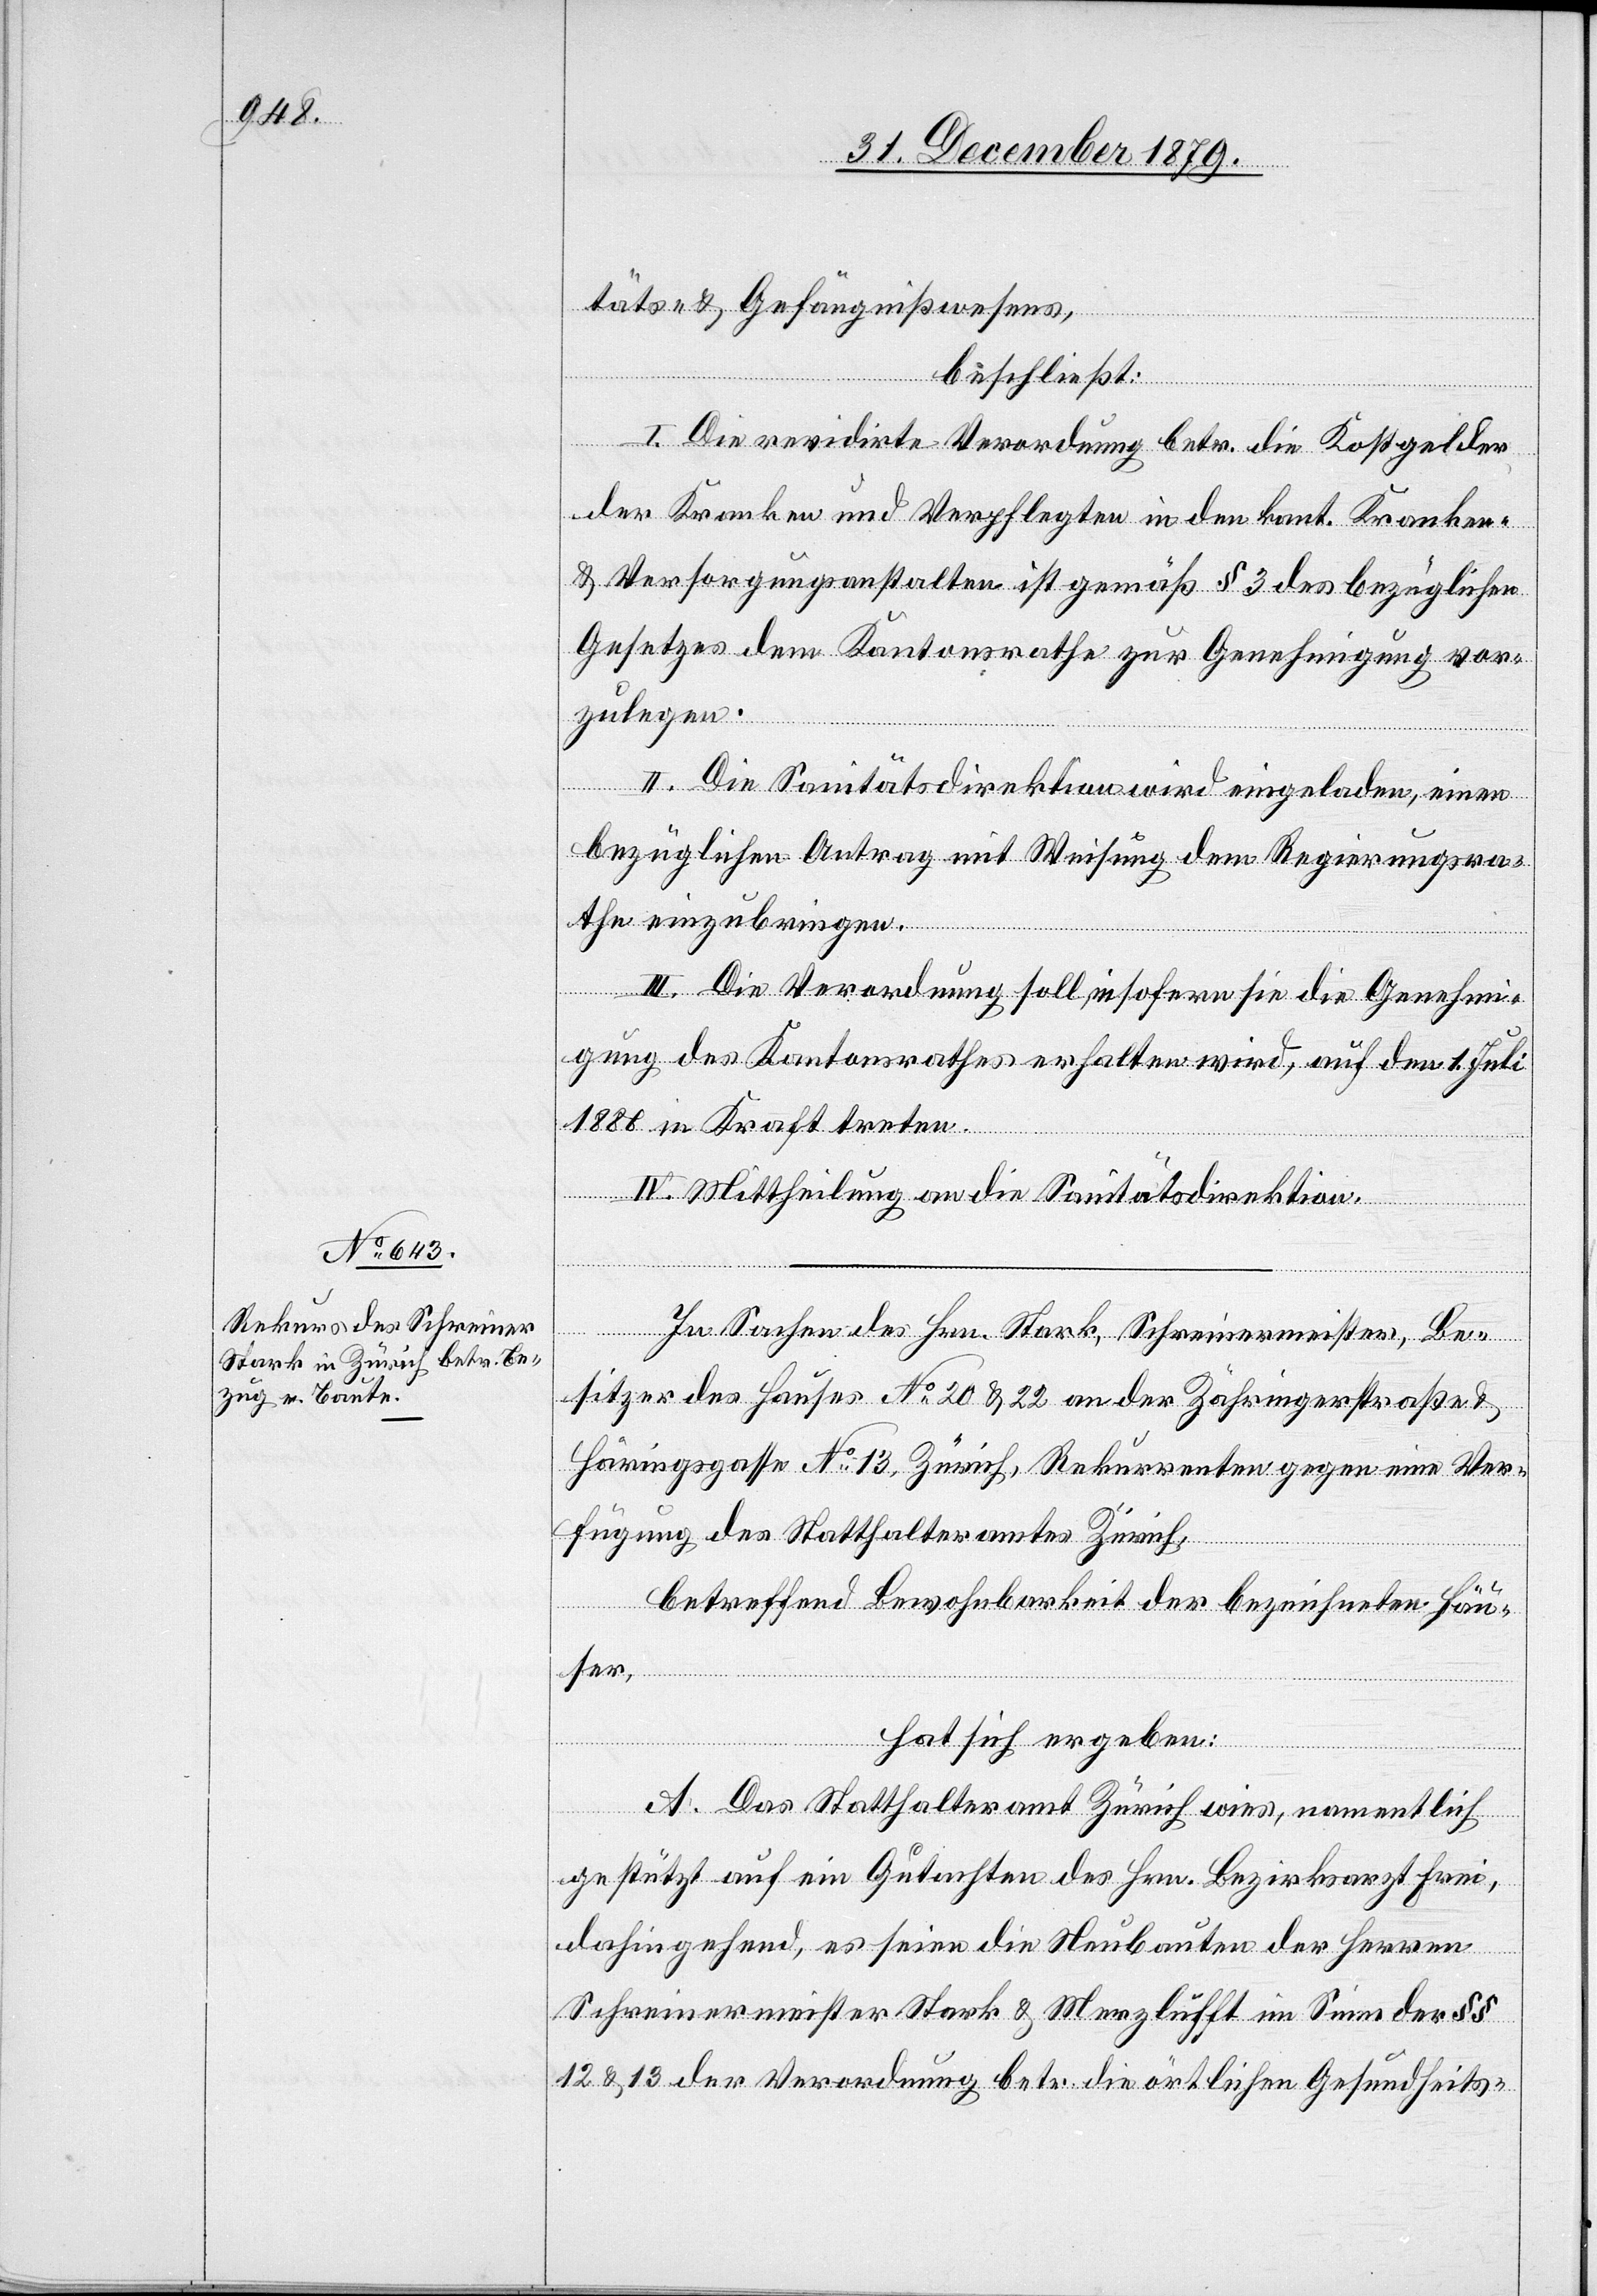
täts- & Gefängnißwesens,
beschließt:
I. Die revidirte Verordnung betr. die Kostgelder
der Kranken und Verpflegten in den kant. Kranken-
& Versorgungsanstalten ist gemäß § 3 des bezüglichen
Gesetzes dem Kantonsrathe zur Genehmigung vor¬
zulegen.
II. Die Sanitätsdirektion wird eingeladen, einen
bezüglichen Antrag mit Weisung dem Regierungsra¬
the einzubringen.
III. Die Verordnung soll, insofern sie die Genehmi¬
gung des Kantonsrathes erhalten wird, auf den 1. Juli
1880 in Kraft treten.
IV. Mittheilung an die Sanitätsdirektion.
In Sachen des Hrn. Stark, Schreinermeister, Be¬
sitzer des Hauses No 20 & 22 an der Zähringerstraße &
Häringsgasse No 13, Zürich, Rekurrenten gegen eine Ver¬
fügung des Statthalteramtes Zürich,
betreffend Bewohnbarkeit der bezeichneten Häu¬
ser,
hat sich ergeben:
A. Das Statthalteramt Zürich wies, namentlich
gestützt auf ein Gutachten des Hrn. Bezirksarzt Frei,
dahin gehend, es seien die Neubauten der Herren
Schreinermeister Stark & Merzlufft im Sinne der §§
12 & 13 der Verordnung betr. die örtlichen Gesundheits-